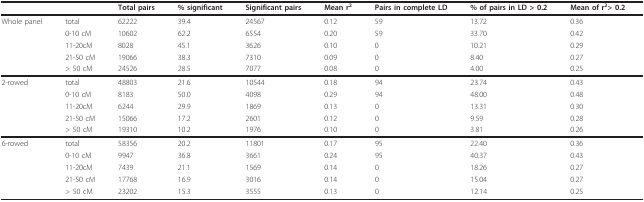
<table><thead><tr><td></td><td></td><td><b>Total pairs</b></td><td><b>% significant</b></td><td><b>Significant pairs</b></td><td><b>Mean r<sup>2</sup></b></td><td><b>Pairs in complete LD</b></td><td><b>% of pairs in LD &gt; 0.2</b></td><td><b>Mean of r<sup>2</sup>&gt; 0.2</b></td></tr></thead><tbody><tr><td>Whole panel</td><td>total</td><td>62222</td><td>39.4</td><td>24567</td><td>0.12</td><td>59</td><td>13.72</td><td>0.36</td></tr><tr><td></td><td>0-10 cM</td><td>10602</td><td>62.2</td><td>6554</td><td>0.20</td><td>59</td><td>33.70</td><td>0.42</td></tr><tr><td></td><td>11-20cM</td><td>8028</td><td>45.1</td><td>3626</td><td>0.10</td><td>0</td><td>10.21</td><td>0.29</td></tr><tr><td></td><td>21-50 cM</td><td>19066</td><td>38.3</td><td>7310</td><td>0.09</td><td>0</td><td>8.40</td><td>0.27</td></tr><tr><td></td><td>&gt; 50 cM</td><td>24526</td><td>28.5</td><td>7077</td><td>0.08</td><td>0</td><td>4.00</td><td>0.25</td></tr><tr><td>2-rowed</td><td>total</td><td>48803</td><td>21.6</td><td>10544</td><td>0.18</td><td>94</td><td>23.74</td><td>0.43</td></tr><tr><td></td><td>0-10 cM</td><td>8183</td><td>50.0</td><td>4098</td><td>0.29</td><td>94</td><td>48.00</td><td>0.48</td></tr><tr><td></td><td>11-20cM</td><td>6244</td><td>29.9</td><td>1869</td><td>0.13</td><td>0</td><td>13.31</td><td>0.30</td></tr><tr><td></td><td>21-50 cM</td><td>15066</td><td>17.2</td><td>2601</td><td>0.12</td><td>0</td><td>9.59</td><td>0.28</td></tr><tr><td></td><td>&gt; 50 cM</td><td>19310</td><td>10.2</td><td>1976</td><td>0.10</td><td>0</td><td>3.81</td><td>0.26</td></tr><tr><td>6-rowed</td><td>total</td><td>58356</td><td>20.2</td><td>11801</td><td>0.17</td><td>95</td><td>22.40</td><td>0.36</td></tr><tr><td></td><td>0-10 cM</td><td>9947</td><td>36.8</td><td>3661</td><td>0.24</td><td>95</td><td>40.37</td><td>0.43</td></tr><tr><td></td><td>11-20cM</td><td>7439</td><td>21.1</td><td>1569</td><td>0.14</td><td>0</td><td>18.26</td><td>0.27</td></tr><tr><td></td><td>21-50 cM</td><td>17768</td><td>16.9</td><td>3016</td><td>0.14</td><td>0</td><td>15.04</td><td>0.27</td></tr><tr><td></td><td>&gt; 50 cM</td><td>23202</td><td>15.3</td><td>3555</td><td>0.13</td><td>0</td><td>12.14</td><td>0.25</td></tr></tbody></table>